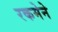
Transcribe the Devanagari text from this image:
रकमेने